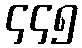
၄၄၅